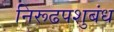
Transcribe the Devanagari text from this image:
निरूढपशुबंध